Lunatic asylums in Bengal annual reports 1912-1924 - 1912-1924
Year: 1912
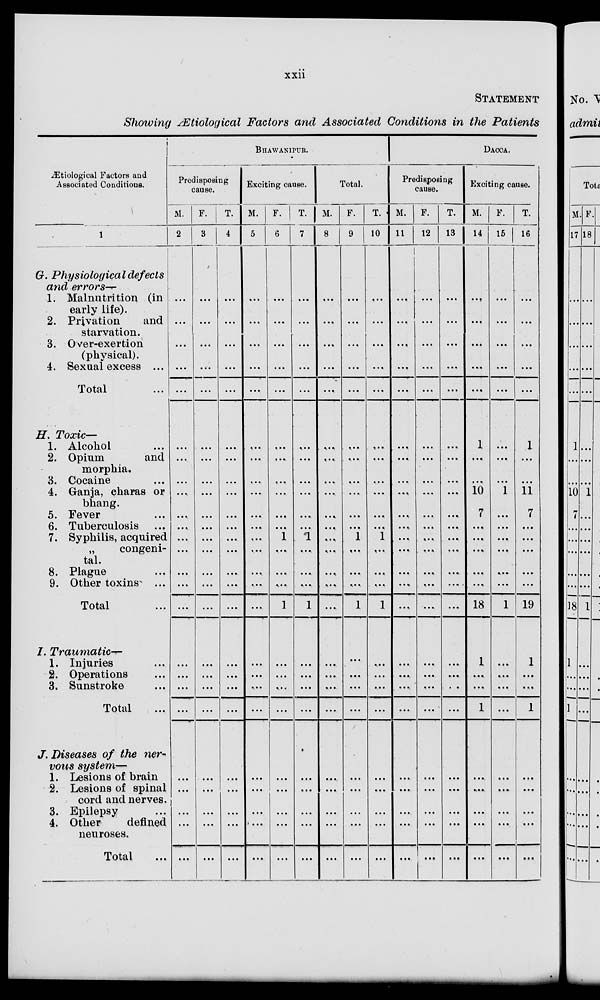
xxii
STATEMENT
Showing Ætiological Factors and Associated Conditions in the Patients
Ætiological Factors and
Associated Conditions.
1
G. Physiological defects
and errors—
1. Malnutrition (in
early life).
2. Privation
and
starvation.
3. Over-exertion
(physical).
4. Sexual excess ...
Total ...
H. Toxic—
1. Alcohol ...
2. Opium
and
morphia.
3. Cocaine ...
4. Ganja, charas or
bhang.
5. Fever ...
6. Tuberculosis ...
7. Syphilis, acquired
„
congeni-
tal.
8. Plague ...
9. Other toxins ...
Total ...
I. Traumatic—
1. Injuries ...
2. Operations ...
3. Sunstroke ...
Total ...
J. Diseases of the ner-
vous system—
1. Lesions of brain
2. Lesions of spinal
cord and nerves.
3. Epilepsy
4. Other
defined
neuroses.
Total ...
BHAWANIPUR.
Predisposing
cause.
M.
2
...
...
...
...
...
...
...
...
...
...
...
...
...
...
...
...
...
...
...
...
...
...
...
...
...
F.
3
...
...
...
...
...
...
...
...
...
...
...
...
...
...
...
...
...
...
...
...
...
...
...
...
...
T.
4
...
...
...
...
...
...
...
...
...
...
...
...
...
...
...
...
...
...
...
...
...
...
...
...
...
Exciting cause.
M.
5
...
...
...
...
...
...
...
...
...
...
...
...
...
...
...
...
...
...
...
...
...
...
...
...
...
F.
6
...
...
...
...
...
...
...
...
...
...
...
1
...
...
...
1
...
...
...
...
...
...
...
...
...
T.
7
...
...
...
...
...
...
...
...
...
...
1
...
...
...
1
...
...
...
...
...
...
...
...
...
Total.
M.
8
...
...
...
...
...
...
...
...
...
...
...
...
...
...
...
...
...
...
...
...
...
...
...
...
...
F.
9
...
...
...
...
...
...
...
...
...
...
...
1
...
...
...
1
...
...
...
...
...
...
...
...
...
T.
10
...
...
...
...
...
...
...
...
...
...
...
1
...
...
...
1
...
...
...
...
...
...
...
...
...
DACCA.
Predisposing
cause.
M.
11
...
...
...
...
...
...
...
...
...
...
...
...
...
...
...
...
...
...
...
...
...
...
...
...
...
F.
12
...
...
...
...
...
...
...
...
...
...
...
...
...
...
...
...
...
...
...
...
...
...
...
...
...
T.
13
...
...
...
...
...
...
...
...
...
...
...
...
...
...
...
...
...
...
...
...
...
...
...
...
...
Exciting cause.
M.
14
...
...
...
...
...
1
...
...
10
7
...
...
...
...
...
18
1
...
...
1
...
...
...
...
...
F.
15
...
...
...
...
...
...
...
...
1
...
...
...
...
...
...
1
...
...
...
...
...
...
...
...
...
T.
16
...
...
...
...
...
1
...
...
11
7
...
...
...
...
...
19
1
...
...
1
...
...
...
...
...